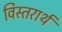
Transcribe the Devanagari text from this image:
विस्तरार्थ